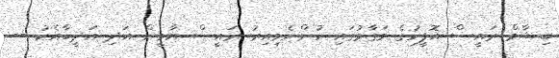
ބިޝާމް ރައީސް އޮފީހުގެ މަގާމުގައި ހުންނެވިއިރު ރައީސް ޔާމީން އަދި އަދީބާއެކު --